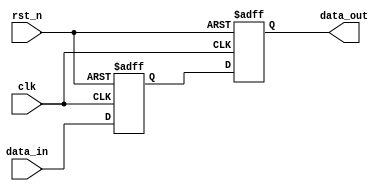
// This program was cloned from: https://github.com/chipsalliance/aib-phy-hardware
// License: Apache License 2.0

// SPDX-License-Identifier: Apache-2.0
// Copyright (C) 2019 Intel Corporation. 
//****************************************************************************************
// (C) 2009 Altera Corporation. .
//
//****************************************************************************************

//------------------------------------------------------------------------
// Revision:    $Revision: #2 $
//------------------------------------------------------------------------
// Description:
//
//------------------------------------------------------------------------
module cdclib_bitsync
  #(
    parameter DWIDTH = 1,    // Sync Data input
    parameter SYNCSTAGE = 2, // Sync stages
    parameter RESET_VAL = 0,  // Reset value
    parameter CLK_FREQ_MHZ = 250   // Clock frequency (in MHz)    
    )
    (
    input  wire              clk,     // clock
    input  wire              rst_n,   // async reset
    input  wire [DWIDTH-1:0] data_in, // data in
    output wire [DWIDTH-1:0] data_out // data out
     );

   // Define wires/regs
   reg [(DWIDTH*SYNCSTAGE)-1:0] sync_regs;
   //wire                         reset_value;
   
   localparam reset_value = (RESET_VAL == 1) ? 1'b1 : 1'b0;  // To eliminate truncating warning

   // Sync Always block
   always @(negedge rst_n or posedge clk) begin
      if (rst_n == 1'b0) begin
         sync_regs[(DWIDTH*SYNCSTAGE)-1:DWIDTH] <= {(DWIDTH*(SYNCSTAGE-1)){reset_value}};
      end
      else begin
         sync_regs[(DWIDTH*SYNCSTAGE)-1:DWIDTH] <= sync_regs[((DWIDTH*(SYNCSTAGE-1))-1):0];
      end
   end
   
   // NF: both FF stages have reset
   always @(negedge rst_n or posedge clk) begin
      if (rst_n == 1'b0) begin
         sync_regs[DWIDTH-1:0] <= {(DWIDTH){reset_value}};
      end
      else begin
         sync_regs[DWIDTH-1:0] <= data_in;
      end
   end

   assign data_out = sync_regs[((DWIDTH*SYNCSTAGE)-1):(DWIDTH*(SYNCSTAGE-1))];

endmodule // cdclib_bitsync